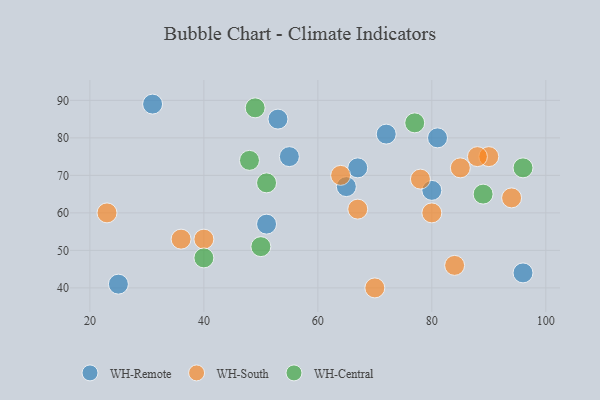
{"axis": {"x": "GDP", "y": "Life Expectancy"}, "legend": ["WH-Central", "WH-Remote", "WH-South"], "data": [{"x": "80", "y": 66, "type": "WH-Remote"}, {"x": "65", "y": 67, "type": "WH-Remote"}, {"x": "51", "y": 57, "type": "WH-Remote"}, {"x": "55", "y": 75, "type": "WH-Remote"}, {"x": "25", "y": 41, "type": "WH-Remote"}, {"x": "53", "y": 85, "type": "WH-Remote"}, {"x": "72", "y": 81, "type": "WH-Remote"}, {"x": "67", "y": 72, "type": "WH-Remote"}, {"x": "31", "y": 89, "type": "WH-Remote"}, {"x": "96", "y": 44, "type": "WH-Remote"}, {"x": "81", "y": 80, "type": "WH-Remote"}, {"x": "85", "y": 72, "type": "WH-South"}, {"x": "80", "y": 60, "type": "WH-South"}, {"x": "90", "y": 75, "type": "WH-South"}, {"x": "23", "y": 60, "type": "WH-South"}, {"x": "84", "y": 46, "type": "WH-South"}, {"x": "88", "y": 75, "type": "WH-South"}, {"x": "70", "y": 40, "type": "WH-South"}, {"x": "78", "y": 69, "type": "WH-South"}, {"x": "94", "y": 64, "type": "WH-South"}, {"x": "64", "y": 70, "type": "WH-South"}, {"x": "36", "y": 53, "type": "WH-South"}, {"x": "67", "y": 61, "type": "WH-South"}, {"x": "40", "y": 53, "type": "WH-South"}, {"x": "48", "y": 74, "type": "WH-Central"}, {"x": "51", "y": 68, "type": "WH-Central"}, {"x": "96", "y": 72, "type": "WH-Central"}, {"x": "89", "y": 65, "type": "WH-Central"}, {"x": "77", "y": 84, "type": "WH-Central"}, {"x": "50", "y": 51, "type": "WH-Central"}, {"x": "49", "y": 88, "type": "WH-Central"}, {"x": "40", "y": 48, "type": "WH-Central"}]}